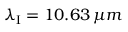
\lambda _ { \mathrm { I } } = 1 0 . 6 3 \, \mu m